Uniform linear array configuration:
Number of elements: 12
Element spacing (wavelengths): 0.75
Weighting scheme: uniform
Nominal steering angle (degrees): -30
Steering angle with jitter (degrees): -29.558
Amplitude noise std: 0.05
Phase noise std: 0.05

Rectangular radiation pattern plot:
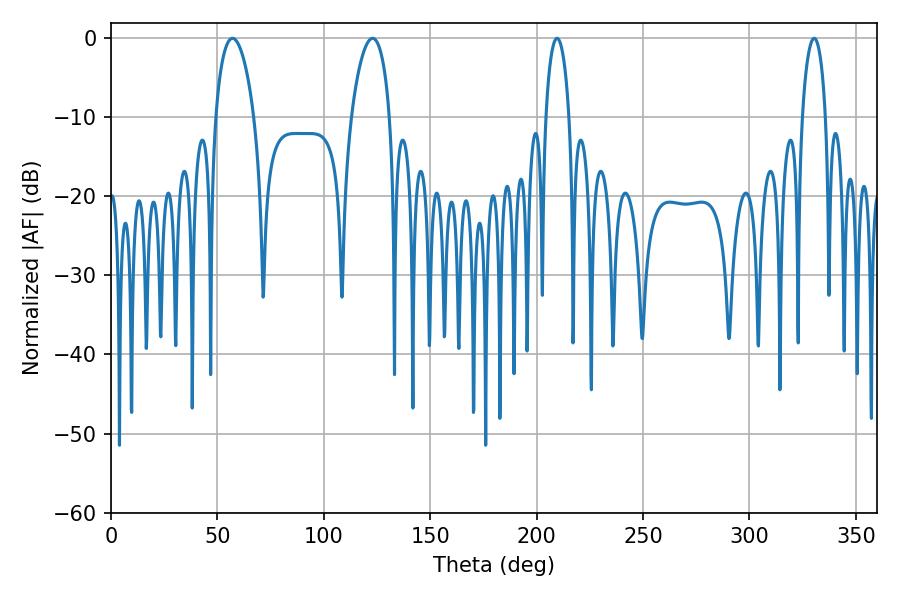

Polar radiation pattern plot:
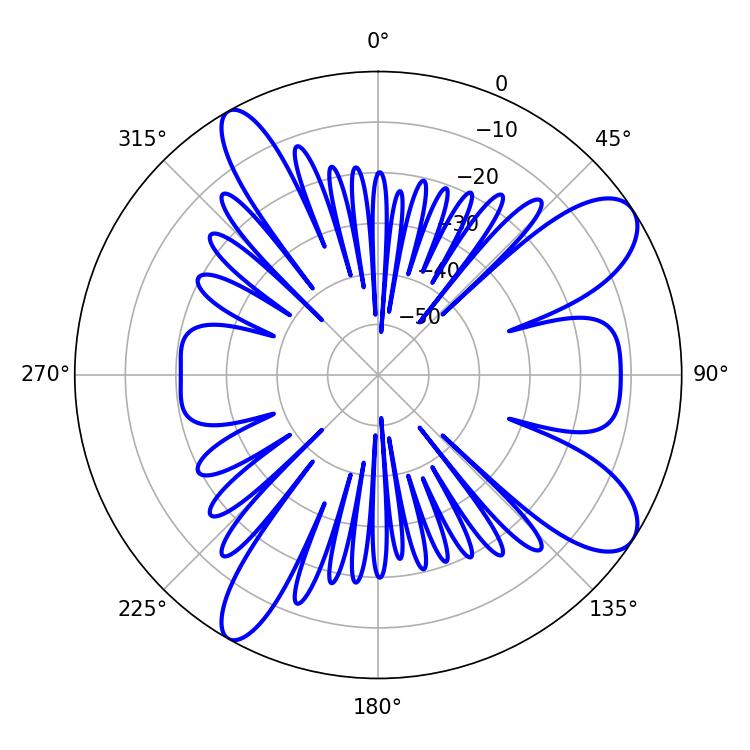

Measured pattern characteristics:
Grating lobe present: TRUE
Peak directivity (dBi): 9.555
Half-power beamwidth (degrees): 10.26
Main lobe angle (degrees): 57.06